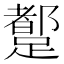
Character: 𲄆